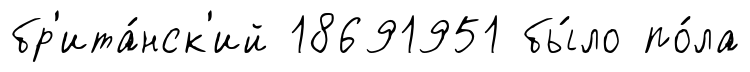
бр'ита́нск'ий 18691951 бы́ло по́ла